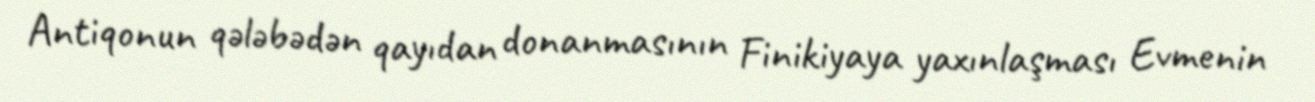
Antiqonun qələbədən qayıdan donanmasının Finikiyaya yaxınlaşması Evmenin